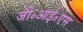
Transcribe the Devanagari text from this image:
जी॰आई॰एस